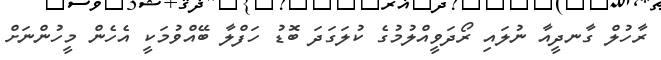
ރާހުލް ގާނދީއާ ނުލައި ރޯދަވީއްލުމުގެ ކުލަގަދަ ބޮޑު ހަފްލާ ބޭއްވުމަކީ އެހެން މީހުންނަށް